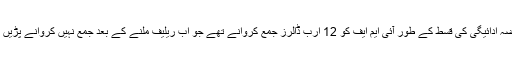
شاہ محمود قریشی نے جمعرات کو میڈیا سے گفتگو میں بتایا کہ پاکستان نے قرضہ ادائیگی کی قسط کے طور آئی ایم ایف کو 12 ارب ڈالرز جمع کروانے تھے جو اب ریلیف ملنے کے بعد جمع نہیں کروانے پڑیں گے بلکہ کرونا وبا کے تحت پیدا ہونے والی صورتحال پر خرچ کیے جائیں گے۔